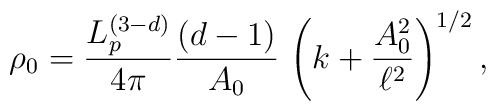
\rho_0 =  \frac{L_p^{(3-d)}}{4\pi} \frac{(d-1)}{A_0}\,\left(k+\frac{A_0^2}{\ell^2}  \right)^{1/2},